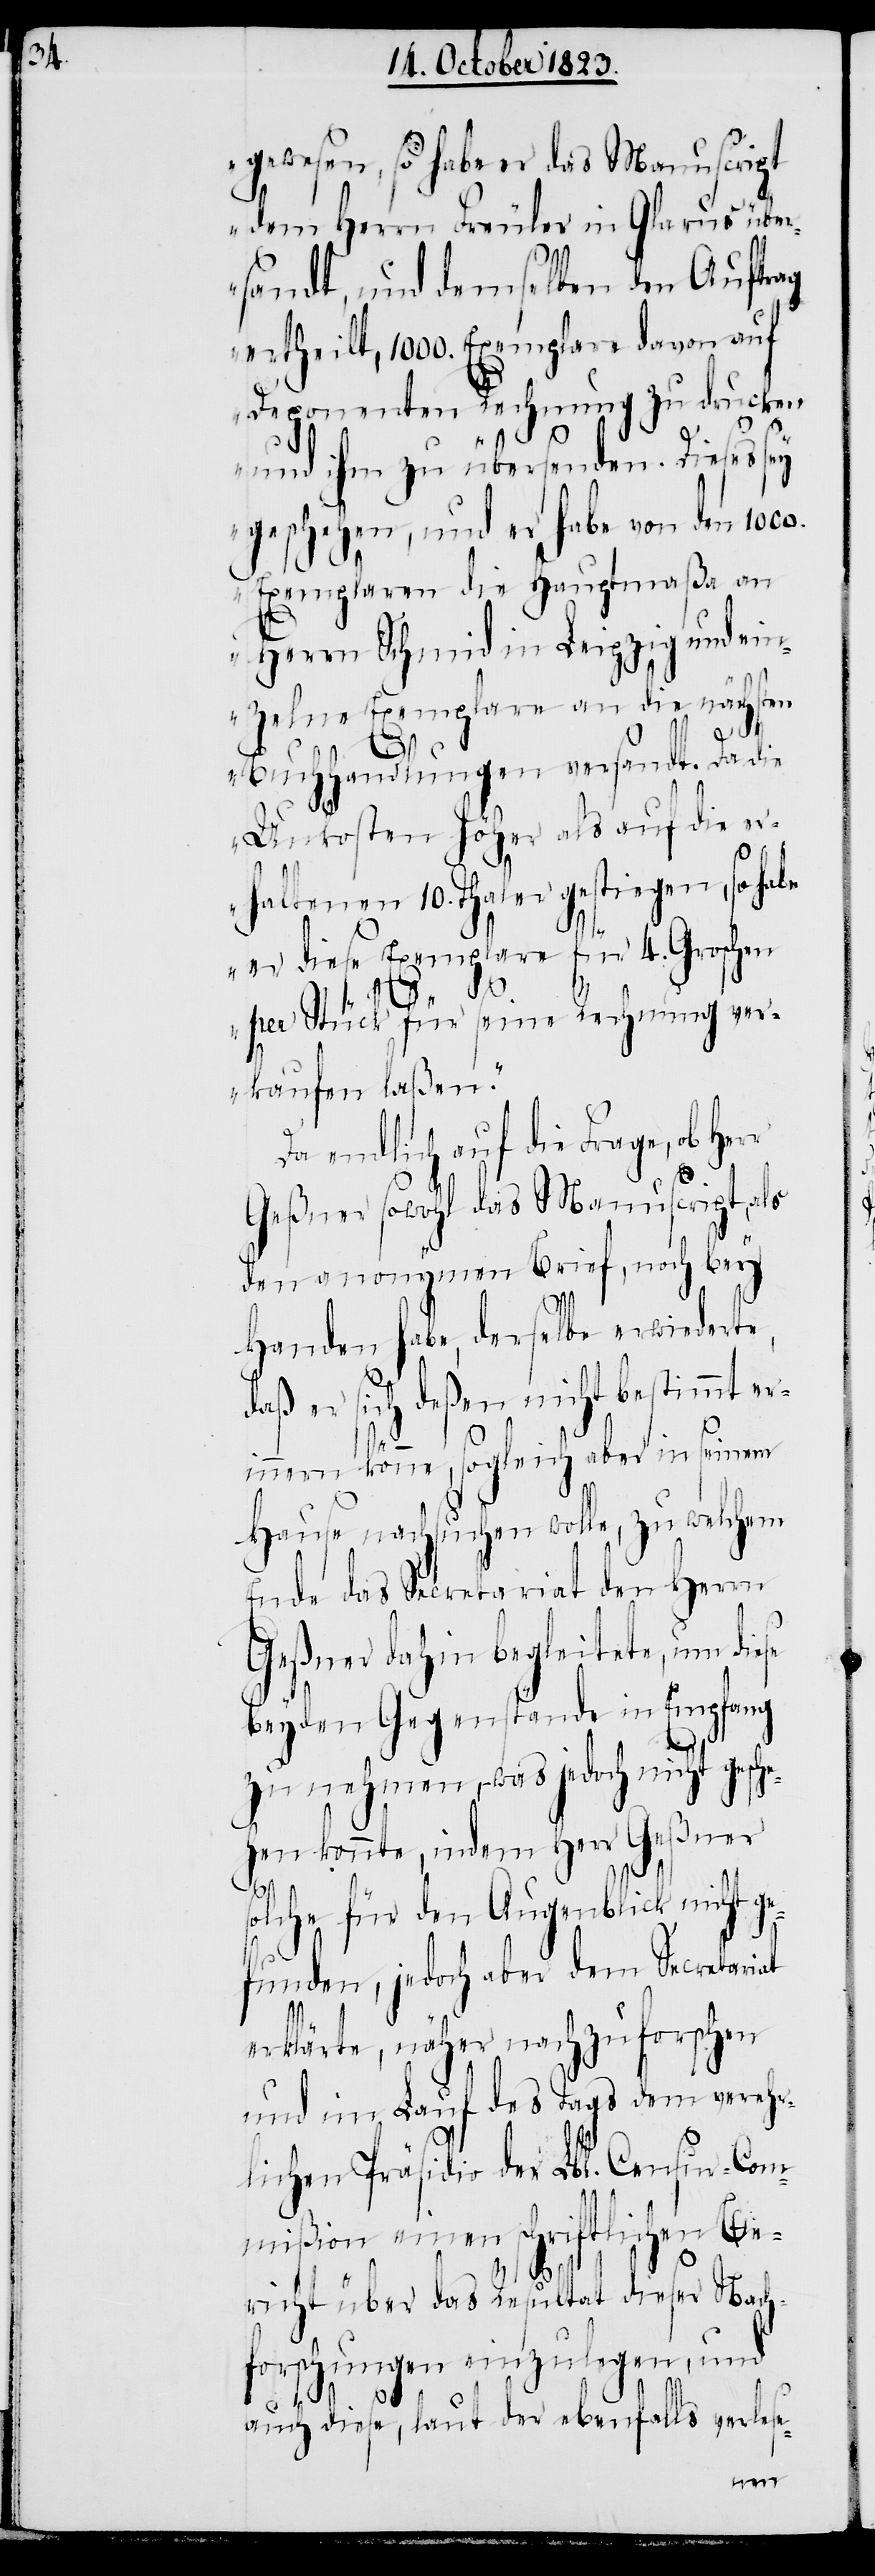
gewesen, so habe er das Manuscript
dem Herrn Freuler in Glarus über¬
sandt, und demselben den Auftrag
ertheilt, 1000. Exemplare davon auf
Deponenten Rechnung zu drucken
und ihm zu übersenden. Dieses sey
geschehen, und er habe von den
Exemplaren die Hauptmaßa an
Herrn Schmid in Leipzig und ein¬
zelne Exemplare an die nächsten
r
Buchhandlungen versandt. Da die
Unkosten höher als auf die er¬
haltenen 10. Thaler gestiegen, so habe
er diese Exemplare für 4. Groschen
per Stück für seine Rechnung ver¬
kaufen laßen.“
Da endlich auf die Frage, ob Her¬
Geßner sowohl das Manuscript, als
den anonymen Brief, noch bey
Handen habe, derselbe erwiederte,
daß er sich deßen nicht bestimmt er¬
innern könne, sogleich aber in seinem
Hause nachsuchen wolle, zu welchem
Ende das Secretariat den Herrn
Geßner dahin begleitete, um diese
beyden Gegenstände in Empfang
zu nehmen, − was jedoch nicht gesch¬
ehen konnte, indem Herr Geßner
solche für den Augenblick nicht g¬
efunden, jedoch aber dem Secretariat
erklärte, näher nachzuforschen
und im Lauf des Tags dem verehr¬
lichen Präsidio der Lbl. Censur-Com¬
mißion einen schriftlichen Be¬
richt über das Resultat dieser Nach¬
forschungen einzulegen, und
auch diese, laut der ebenfalls verlese-